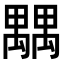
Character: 𥝉